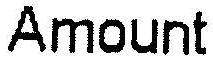
AMOUNT